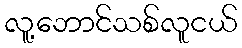
လူ့ဘောင်သစ်လူငယ်